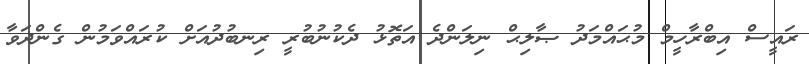
ރައީސް އިބްރާހީމް މުޙައްމަދު ޞާލިޙް ނިލަންދެ އަތޮޅު ދެކުނުބުރީ ރިނބުދުއަށް ކުރައްވަމުން ގެންދަވާ